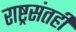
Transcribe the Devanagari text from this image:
राष्ट्रसंतही